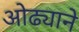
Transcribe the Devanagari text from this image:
ओढ्याने